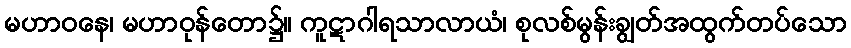
မဟာဝနေ၊ မဟာဝုန်တော၌။ ကူဋာဂါရသာလာယံ၊ စုလစ်မွန်းချွတ်အထွက်တပ်သော